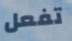
تفعل